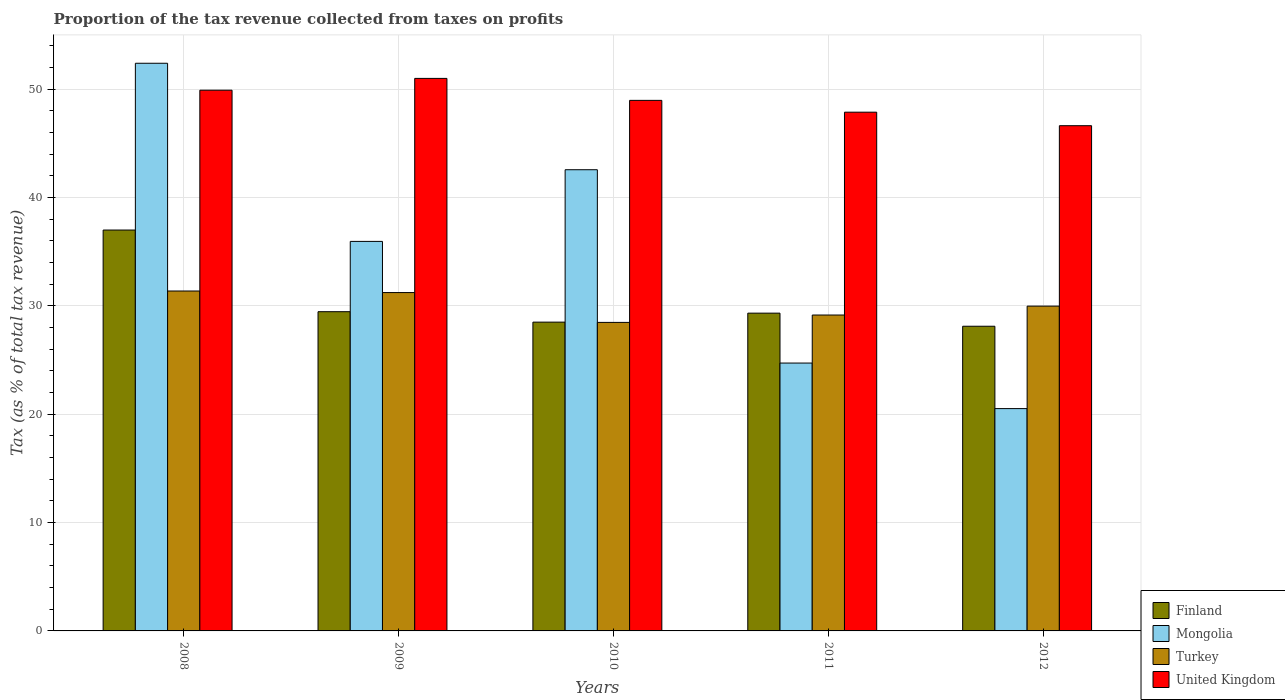
| Years | Finland | Mongolia | Turkey | United Kingdom |
 | --- | --- | --- | --- | --- |
 | 2008 | 37 | 52.4 | 31.4 | 49.9 |
 | 2009 | 29.5 | 36 | 31.2 | 51 |
 | 2010 | 28.5 | 42.6 | 28.5 | 49 |
 | 2011 | 29.3 | 24.7 | 29.2 | 47.9 |
 | 2012 | 28.1 | 20.5 | 30 | 46.6 |